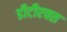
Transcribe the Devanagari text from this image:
डीटीएक्स